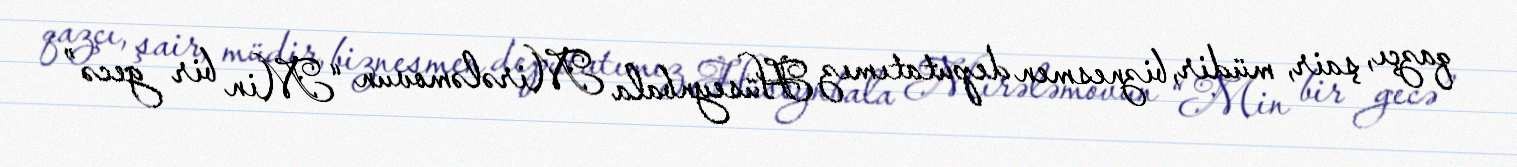
qazçı, şair, müdir, biznesmen deputatımız Hüseynbala Mirələmovun “Min bir gecə”